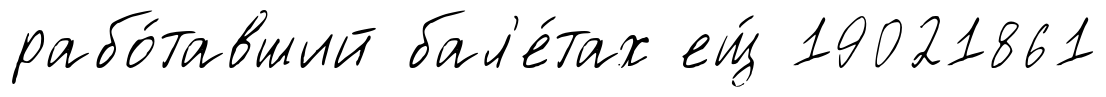
рабо́тавший бал'е́тах ещ́ 19021861